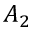
A _ { 2 }